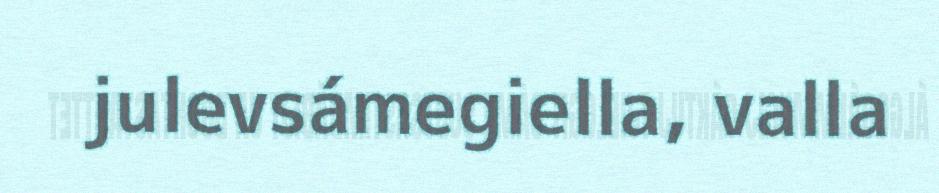
julevsámegiella, valla